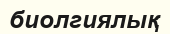
биолгиялық